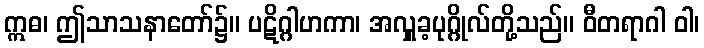
ဣဓ၊ ဤသာသနာတော်၌။ ပဋိဂ္ဂါဟကာ၊ အလှူခ့ပုဂ္ဂိုလ်တို့သည်။ ဝီတရာဂါ ဝါ၊